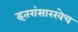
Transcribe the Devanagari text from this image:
इतरांसारखेच